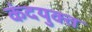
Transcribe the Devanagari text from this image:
कंदयुक्त